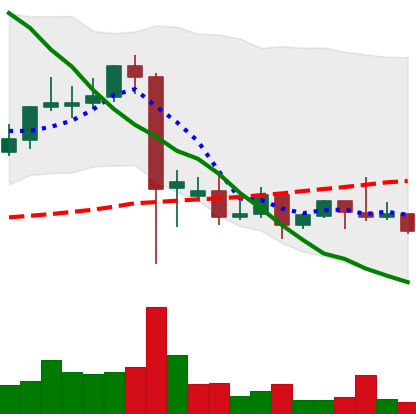
Ticker: DOGE-USD
Chart end date: 2021-09-19
Forward return: -10.162%
Label: down_7plus